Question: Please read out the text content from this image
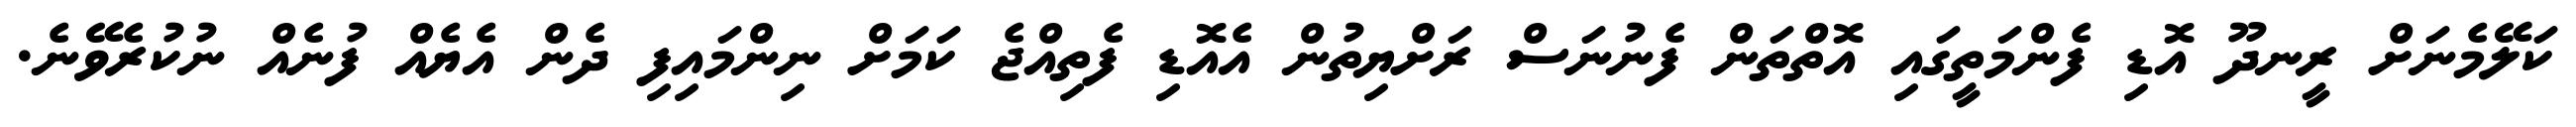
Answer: ކަލޭމެނަށް ރީނދޫ އޮޑި ފެންމަތީގައި އޮތްތަން ފެނުނަސް ރަށްޔިތުން އެއޮޑި ފެތިއްޖެ ކަމަށް ނިންމައިފި ދެން އެޔެއް ފުނެއް ނުކުރެވޭނެ.